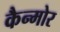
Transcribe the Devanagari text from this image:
कैन्मोर